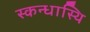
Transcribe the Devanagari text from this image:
स्कन्धास्थि